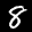
Label: 8